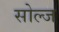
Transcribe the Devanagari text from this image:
सोल्ज